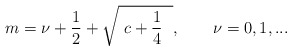
\begin{align*}m=\nu +\frac{1}{2}+\sqrt{\ c+\frac{1}{4}\ \ },\qquad \nu =0,1,...\end{align*}